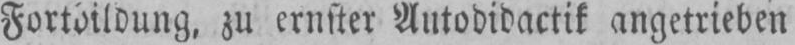
Fortbildung, zu ernster Autodidactik angetrieben